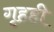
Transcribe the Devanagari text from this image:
गृहही